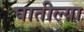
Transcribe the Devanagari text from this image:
घातील्या